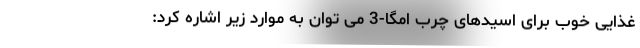
غذایی خوب برای اسیدهای چرب امگا-3 می توان به موارد زیر اشاره کرد: